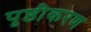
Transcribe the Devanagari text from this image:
पृष्ठीकरण